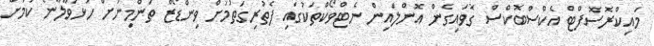
މައިކްރޮސޮފްޓް އެކްސްބޮކްސް ގޮވައިގެން އޮންލައިން ނެޓްވޯކްތަކުގައި ފެތުރިގަތުމަށް ވިންޑޯޒް ތަންމިނަށް ހުޅުވާލާނެ ކަމަށް